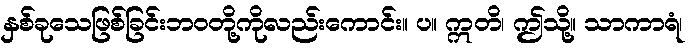
နှစ်ခုသေဖြစ်ခြင်းဘဝတို့ကိုလည်းကောင်း။ ပ။ ဣတိ၊ ဤသို့။ သာကာရံ၊